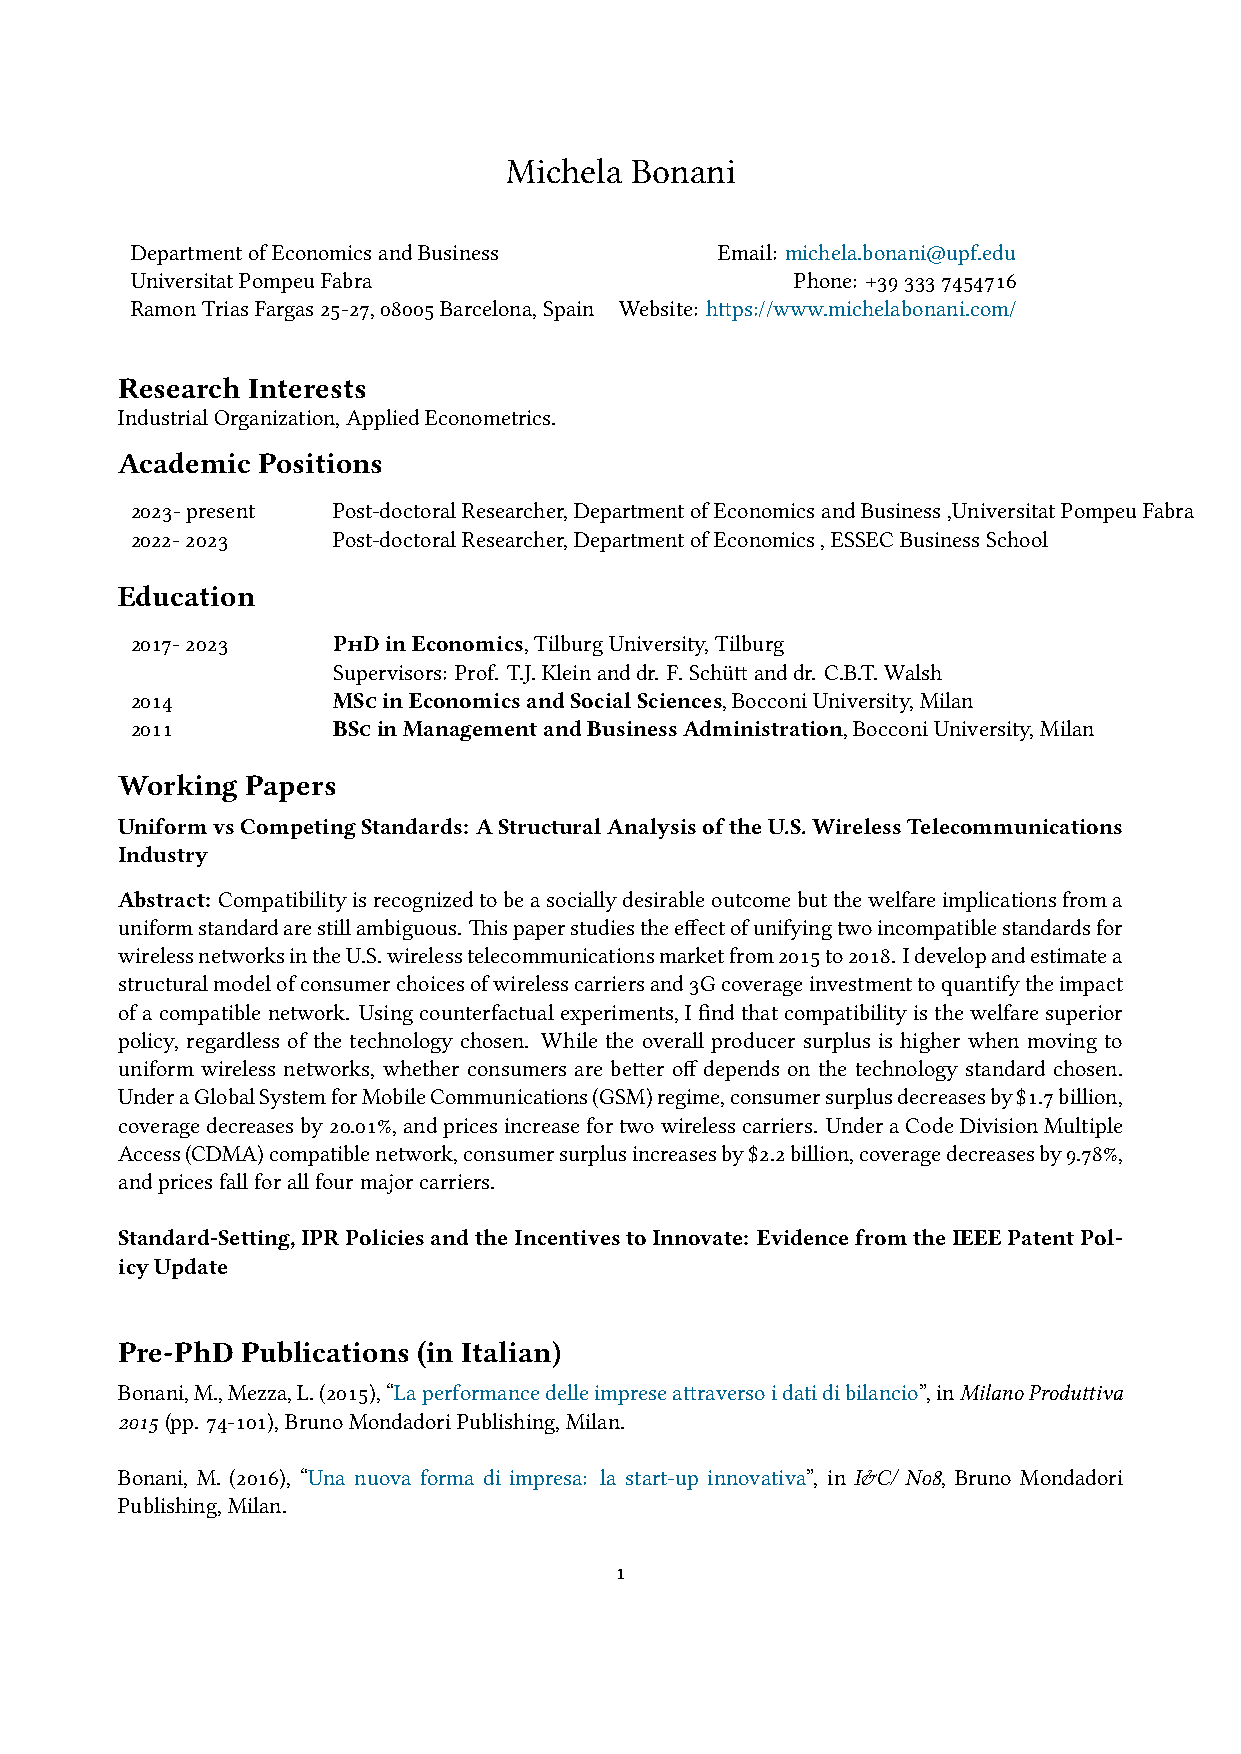
Michela  Bonani
 DepartmentofEconomicsandBusiness       Email: michela.bonani@upf.edu
 UniversitatPompeuFabra                      Phone: +393337454716
 RamonTriasFargas25-27,08005Barcelona,Spain Website: https://www.michelabonani.com/
 Research Interests
 IndustrialOrganization,AppliedEconometrics.
 Academic Positions
 2023-present Post-doctoralResearcher,DepartmentofEconomicsandBusiness,UniversitatPompeuFabra
 2022-2023    Post-doctoralResearcher,DepartmentofEconomics,ESSECBusinessSchool
 Education
 2017-2023    PhDinEconomics,TilburgUniversity,Tilburg
 Supervisors: Prof. T.J.Kleinanddr. F.Schüttanddr. C.B.T.Walsh
 2014         MScinEconomicsandSocialSciences,BocconiUniversity,Milan
 2011         BScinManagementandBusinessAdministration,BocconiUniversity,Milan
 Working Papers
 UniformvsCompetingStandards: AStructuralAnalysisoftheU.S.WirelessTelecommunications
 Industry
 Abstract: Compatibilityisrecognizedtobeasociallydesirableoutcomebutthewelfareimplicationsfroma
 uniformstandardarestillambiguous. Thispaperstudiestheeffectofunifyingtwoincompatiblestandardsfor
 wirelessnetworksintheU.S.wirelesstelecommunicationsmarketfrom2015to2018. Idevelopandestimatea
 structuralmodelofconsumerchoicesofwirelesscarriersand3Gcoverageinvestmenttoquantifytheimpact
 ofacompatiblenetwork. Usingcounterfactualexperiments,Ifindthatcompatibilityisthewelfaresuperior
 policy, regardless of the technology chosen. While the overall producer surplus is higher when moving to
 uniform wireless networks, whether consumers are better off depends on the technology standard chosen.
 UnderaGlobalSystemforMobileCommunications(GSM)regime,consumersurplusdecreasesby$1.7billion,
 coveragedecreasesby20.01%,andpricesincreasefortwowirelesscarriers. UnderaCodeDivisionMultiple
 Access(CDMA)compatiblenetwork,consumersurplusincreasesby$2.2billion,coveragedecreasesby9.78%,
 andpricesfallforallfourmajorcarriers.
 Standard-Setting,IPRPoliciesandtheIncentivestoInnovate: EvidencefromtheIEEEPatentPol-
 icyUpdate
 Pre-PhD Publications (in Italian)
 Bonani,M.,Mezza,L.(2015),“Laperformancedelleimpreseattraversoidatidibilancio”,inMilanoProduttiva
 2015(pp. 74-101),BrunoMondadoriPublishing,Milan.
 Bonani, M. (2016), “Una nuova forma di impresa: la start-up innovativa”, in I&C/ N08, Bruno Mondadori
 Publishing,Milan.
 1